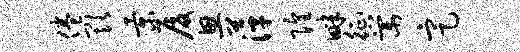
倦欺景厦思萍隍畔征棠定